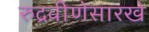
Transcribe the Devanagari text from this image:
रुद्रवीणेसारखे